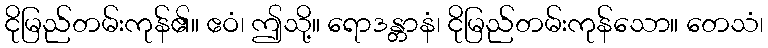
ငိုမြည်တမ်းကုန်၏။ ဧဝံ၊ ဤသို့။ ရောဒန္တာနံ၊ ငိုမြည်တမ်းကုန်သော။ တေသံ၊